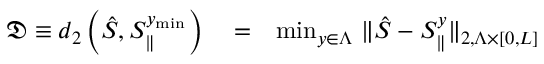
\begin{array} { r l r } { \mathfrak { D } \equiv d _ { 2 } \left( \hat { S } , S _ { \parallel } ^ { y _ { \mathrm { m i n } } } \right) } & { { } = } & { \operatorname* { m i n } _ { y \in \Lambda } \, \| \hat { S } - S _ { \parallel } ^ { y } \| _ { 2 , \Lambda \times \lbrack 0 , L \rbrack } } \end{array}